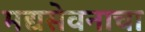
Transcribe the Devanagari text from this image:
मद्यसेवनाचा